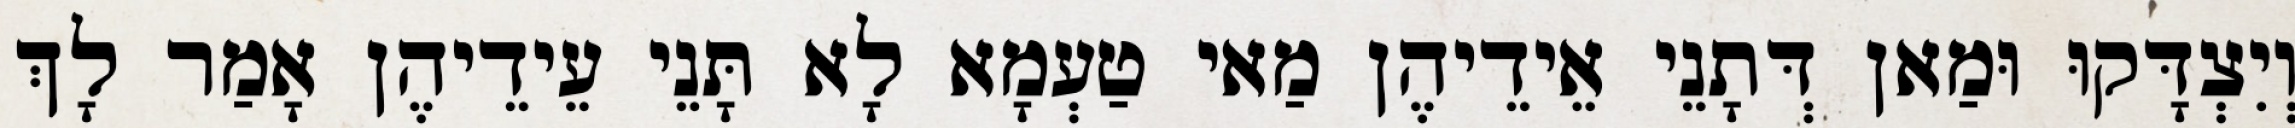
וְיִצְדָּקוּ וּמַאן דְּתָנֵי אֵידֵיהֶן מַאי טַעְמָא לָא תָּנֵי עֵידֵיהֶן אָמַר לָךְ